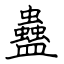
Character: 蠱